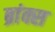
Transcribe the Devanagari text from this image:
ब्रांक्स